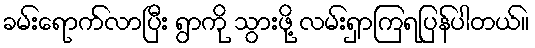
ခမ်းရောက်လာပြီး ရွာကို သွားဖို့ လမ်းရှာကြရပြန်ပါတယ်။